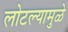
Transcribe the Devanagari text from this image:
लोटल्यामुळे